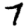
Digit: 7